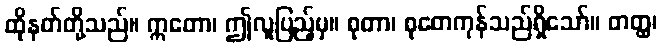
ထိုနတ်တို့သည်။ ဣတော၊ ဤလူပြည့်မှ။ စုတာ၊ စုတေကုန်သည်ရှိသော်။ တတ္ထ၊